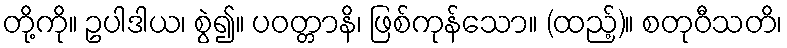
တို့ကို။ ဥပါဒါယ၊ စွဲ၍။ ပဝတ္တာနိ၊ ဖြစ်ကုန်သော။ (ထည့်)။ စတုဝီသတိ၊